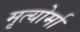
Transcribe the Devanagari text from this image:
मृत्योर्मा